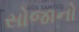
સોજાનો